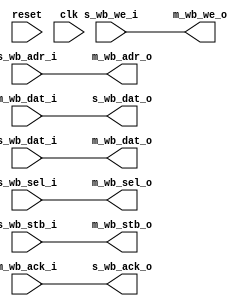
// This program was cloned from: https://github.com/ryuz/jelly
// License: MIT License

// ---------------------------------------------------------------------------
//  Jelly  -- The platform for real-time computing
//
//                                 Copyright (C) 2008-2015 by Ryuz
//                                 https://github.com/ryuz/jelly.git
// ---------------------------------------------------------------------------



`timescale 1ns / 1ps
`default_nettype none


// wishbone insert FF
module jelly_wishbone_insert_ff
        #(
            parameter   WB_ADR_WIDTH  = 30,
            parameter   WB_DAT_WIDTH  = 32,
            parameter   WB_SEL_WIDTH  = (WB_DAT_WIDTH / 8),
            parameter   BYPASS        = 1,
            parameter   M_REGS        = !BYPASS,
            parameter   S_REGS        = !BYPASS
        )
        (
            // system
            input   wire                        reset,
            input   wire                        clk,
            
            // slave port
            input   wire    [WB_ADR_WIDTH-1:0]  s_wb_adr_i,
            output  wire    [WB_DAT_WIDTH-1:0]  s_wb_dat_o,
            input   wire    [WB_DAT_WIDTH-1:0]  s_wb_dat_i,
            input   wire                        s_wb_we_i,
            input   wire    [WB_SEL_WIDTH-1:0]  s_wb_sel_i,
            input   wire                        s_wb_stb_i,
            output  wire                        s_wb_ack_o,
            
            // master port
            output  wire    [WB_ADR_WIDTH-1:0]  m_wb_adr_o,
            input   wire    [WB_DAT_WIDTH-1:0]  m_wb_dat_i,
            output  wire    [WB_DAT_WIDTH-1:0]  m_wb_dat_o,
            output  wire                        m_wb_we_o,
            output  wire    [WB_SEL_WIDTH-1:0]  m_wb_sel_o,
            output  wire                        m_wb_stb_o,
            input   wire                        m_wb_ack_i
        );
    
    // temporary
    wire    [WB_ADR_WIDTH-1:0]  wb_tmp_adr_o;
    wire    [WB_DAT_WIDTH-1:0]  wb_tmp_dat_i;
    wire    [WB_DAT_WIDTH-1:0]  wb_tmp_dat_o;
    wire                        wb_tmp_we_o;
    wire    [WB_SEL_WIDTH-1:0]  wb_tmp_sel_o;
    wire                        wb_tmp_stb_o;
    wire                        wb_tmp_ack_i;
    
    
    // slave port
    generate
    if ( S_REGS ) begin
        // insert FF
        reg     [WB_DAT_WIDTH-1:0]  reg_s_dat_o;
        reg                         reg_s_ack_o;
        always @ ( posedge clk ) begin
            if ( reset ) begin
                reg_s_dat_o  <= {WB_DAT_WIDTH{1'bx}};
                reg_s_ack_o  <= 1'b0;
            end
            else begin
                reg_s_dat_o  <= wb_tmp_dat_i;
                reg_s_ack_o  <= wb_tmp_stb_o & wb_tmp_ack_i;
            end
        end
        
        assign wb_tmp_adr_o = s_wb_adr_i;
        assign wb_tmp_dat_o = s_wb_dat_i;
        assign wb_tmp_we_o  = s_wb_we_i;
        assign wb_tmp_sel_o = s_wb_sel_i;
        assign wb_tmp_stb_o = s_wb_stb_i & !reg_s_ack_o;
        
        assign s_wb_dat_o   = reg_s_dat_o;
        assign s_wb_ack_o   = reg_s_ack_o;
    end
    else begin
        // through
        assign wb_tmp_adr_o = s_wb_adr_i;
        assign wb_tmp_dat_o = s_wb_dat_i;
        assign wb_tmp_we_o  = s_wb_we_i;
        assign wb_tmp_sel_o = s_wb_sel_i;
        assign wb_tmp_stb_o = s_wb_stb_i;
        
        assign s_wb_dat_o   = wb_tmp_dat_i;
        assign s_wb_ack_o   = wb_tmp_ack_i;
    end
    endgenerate
    
    
    // master port
    generate
    if ( M_REGS ) begin
        // insert FF
        reg     [WB_ADR_WIDTH-1:0]  reg_m_adr_o;
        reg     [WB_DAT_WIDTH-1:0]  reg_m_dat_o;
        reg                         reg_m_we_o;
        reg     [WB_SEL_WIDTH-1:0]  reg_m_sel_o;
        reg                         reg_m_stb_o;
        always @ ( posedge clk ) begin
            if ( reset ) begin
                reg_m_adr_o <= {WB_ADR_WIDTH{1'bx}};
                reg_m_dat_o <= {WB_DAT_WIDTH{1'bx}};
                reg_m_we_o  <= 1'bx;
                reg_m_sel_o <= {WB_SEL_WIDTH{1'bx}};
                reg_m_stb_o <= 1'b0;
            end
            else begin
                reg_m_adr_o <= wb_tmp_adr_o;
                reg_m_dat_o <= wb_tmp_dat_o;
                reg_m_we_o  <= wb_tmp_we_o;
                reg_m_sel_o <= wb_tmp_sel_o;
                reg_m_stb_o <= wb_tmp_stb_o & !(reg_m_stb_o & wb_tmp_ack_i);
            end
        end
        
        assign m_wb_adr_o   = reg_m_adr_o;
        assign m_wb_dat_o   = reg_m_dat_o;
        assign m_wb_we_o    = reg_m_we_o;
        assign m_wb_sel_o   = reg_m_sel_o;
        assign m_wb_stb_o   = reg_m_stb_o;
        
        assign wb_tmp_dat_i = m_wb_dat_i;
        assign wb_tmp_ack_i = m_wb_ack_i;
    end
    else begin
        // through
        assign m_wb_adr_o   = wb_tmp_adr_o;
        assign m_wb_dat_o   = wb_tmp_dat_o;
        assign m_wb_we_o    = wb_tmp_we_o;
        assign m_wb_sel_o   = wb_tmp_sel_o;
        assign m_wb_stb_o   = wb_tmp_stb_o;
                      
        assign wb_tmp_dat_i = m_wb_dat_i;
        assign wb_tmp_ack_i = m_wb_ack_i;
    end
    endgenerate
    
    
endmodule



`default_nettype wire


// end of file